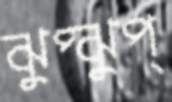
ঝুপ্‌ঝুপ্‌